65_HS1-834228961_62-HQ-83894_Section_5
Agency: FBI
Page 175
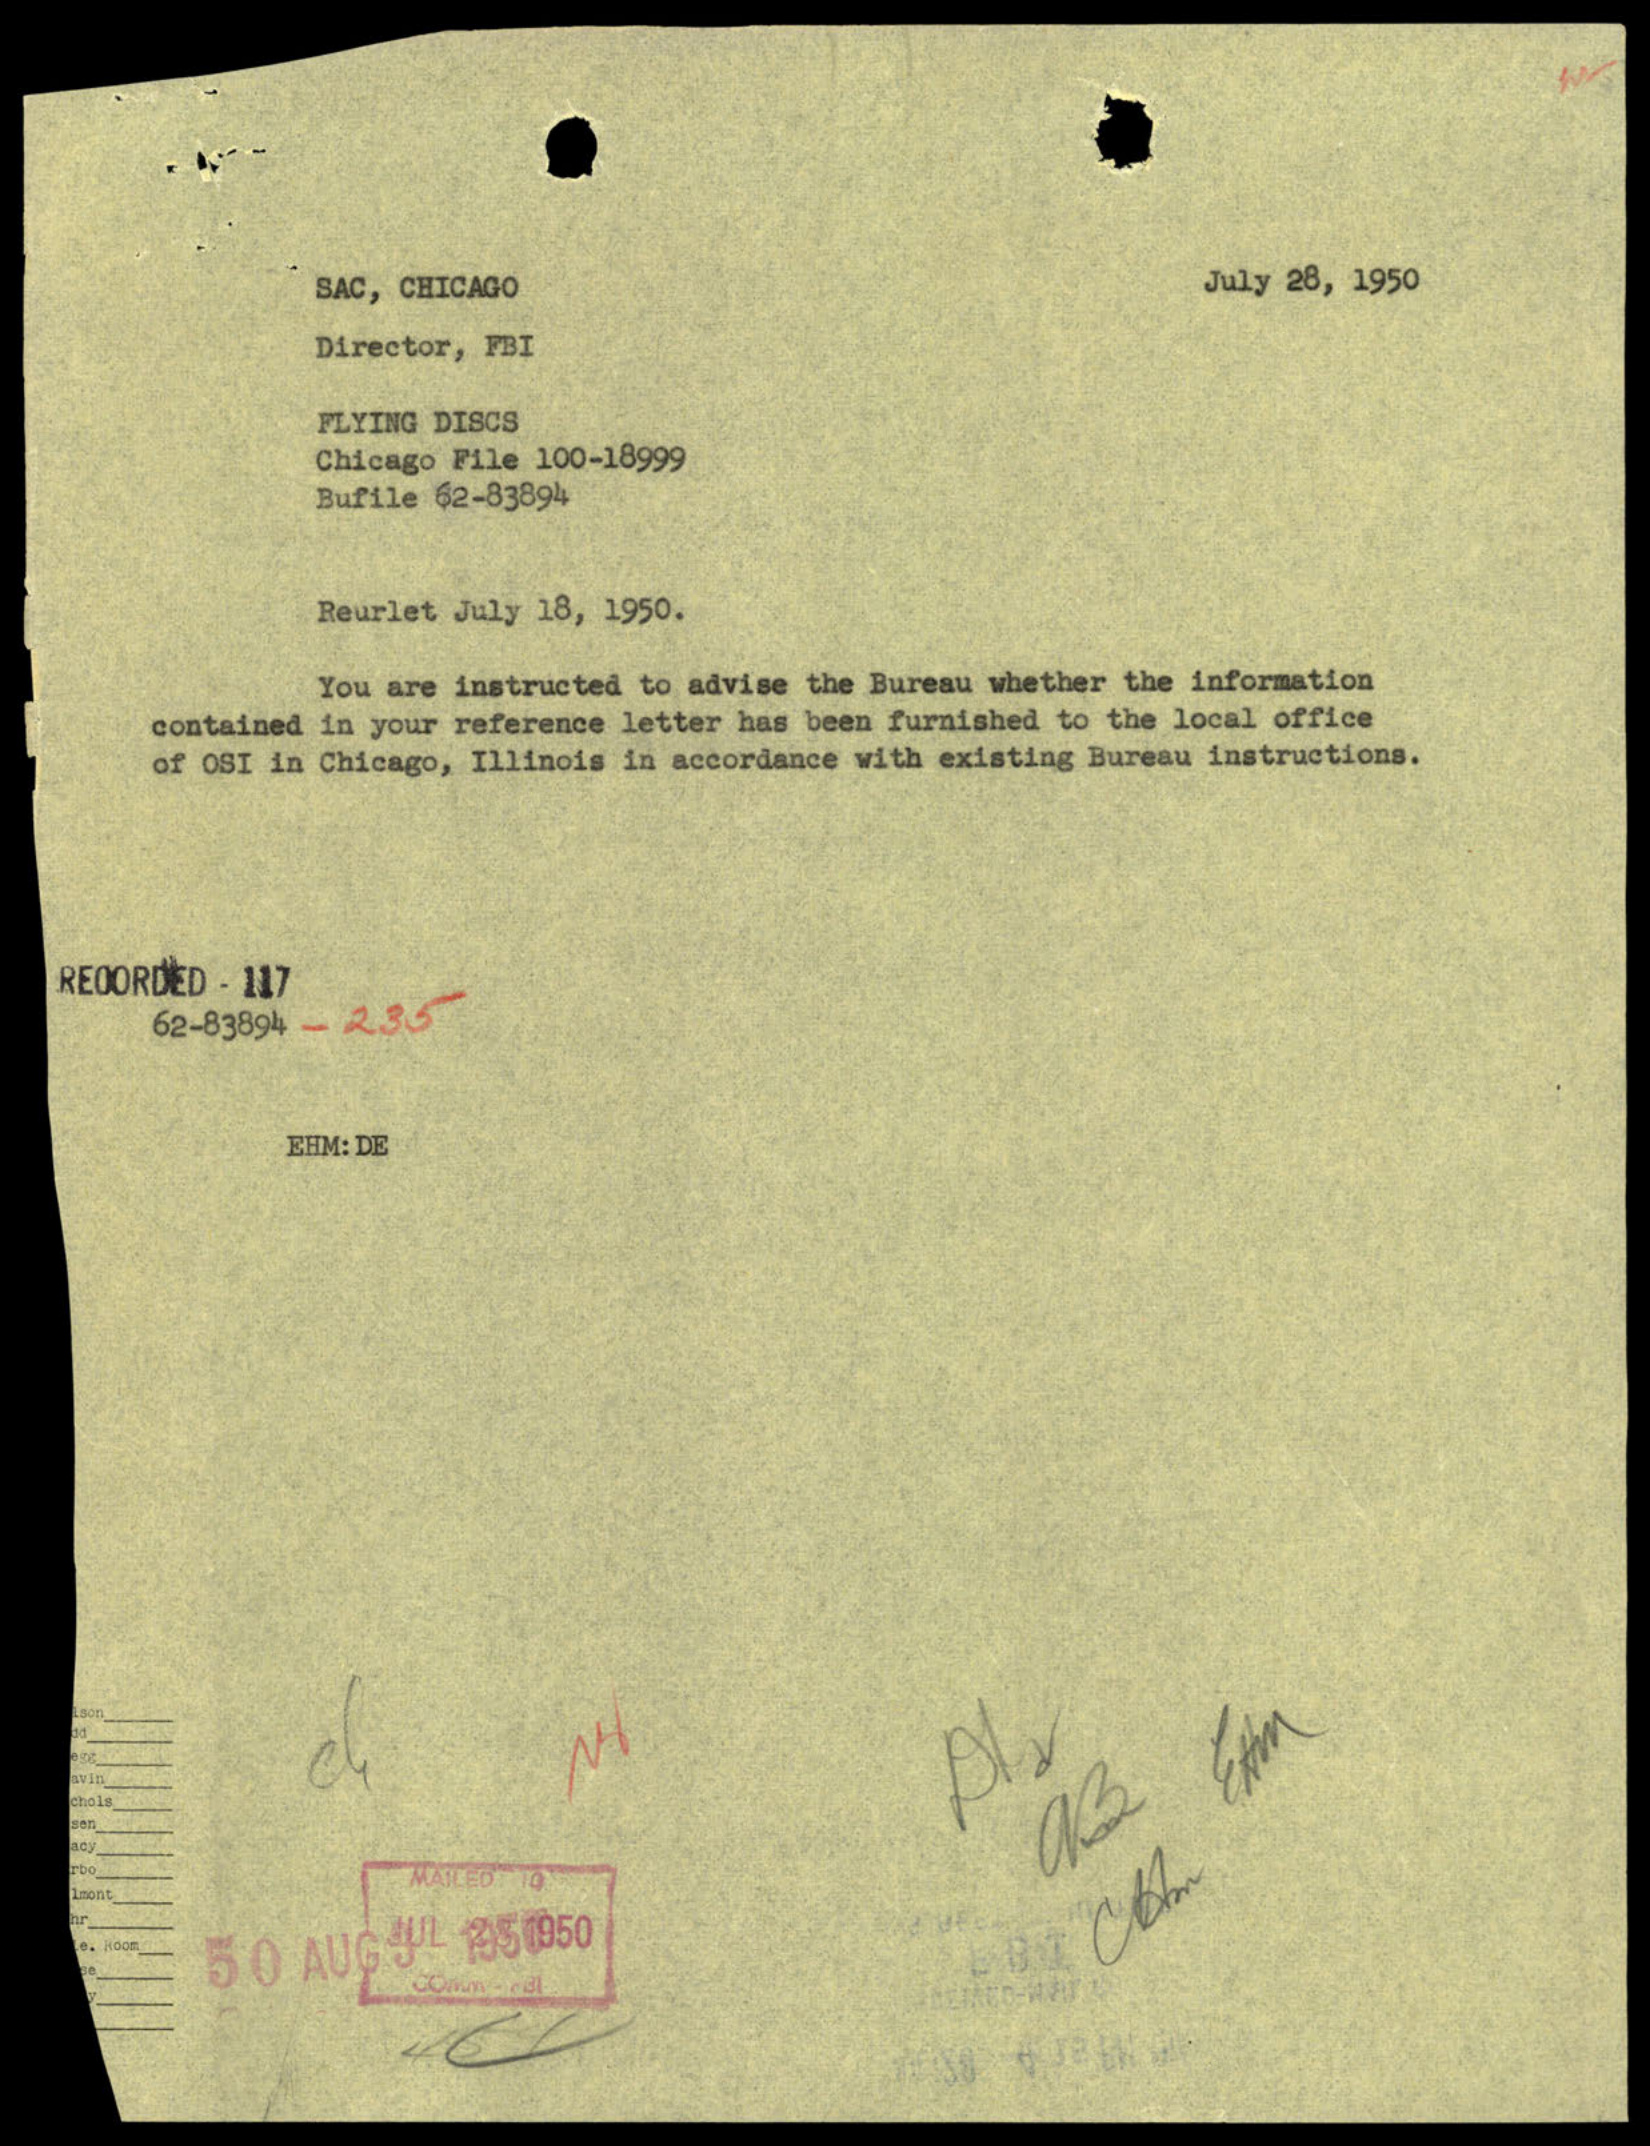